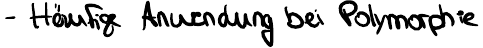
- Häufige Anwendung bei Polymorphie